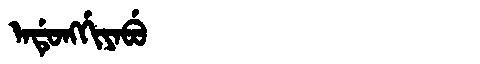
Manchu: ᠠᡩᡠᠩᡤᡳᠶᠠᠪᡠ
Romanization: ADUNGGIYABU